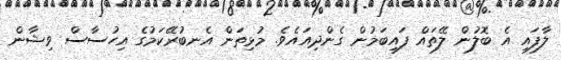
ލާފައި އެ ބޮލުން ލޭތައް ފައިބަމުން ގެންދިއައެވެ. މުޅިތަން އެނބުރޭކަމުގެ އިހުސާސް ވިޝާން